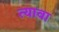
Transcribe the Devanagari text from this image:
त्यावा